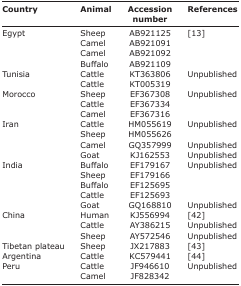
| Country | Animal | Accession number | References |
 | --- | --- | --- | --- |
 | Egypt | Sheep | AB921125 | [13] |
 |  | Camel | AB921091 |  |
 |  | Camel | AB921092 |  |
 |  | Buffalo | AB921109 |  |
 | Tunisia | Cattle | KT363806 | Unpublished |
 |  | Cattle | KT005319 |  |
 | Morocco | Sheep | EF367308 | Unpublished |
 |  | Cattle | EF367334 |  |
 |  | Camel | EF367316 |  |
 | Iran | Cattle | HM055619 | Unpublished |
 |  | Sheep | HM055626 |  |
 |  | Camel | GQ357999 | Unpublished |
 |  | Goat | KJ162553 | Unpublished |
 | India | Buffalo | EF179167 | Unpublished |
 |  | Sheep | EF179166 |  |
 |  | Buffalo | EF125695 |  |
 |  | Cattle | EF125693 |  |
 |  | Goat | GQ168810 | Unpublished |
 | China | Human | KJ556994 | [42] |
 |  | Cattle | AY386215 | Unpublished |
 |  | Sheep | AY572546 | Unpublished |
 | Tibetan plateau | Sheep | JX217883 | [43] |
 | Argentina | Cattle | KC579441 | [44] |
 | Peru | Cattle | JF946610 | Unpublished |